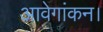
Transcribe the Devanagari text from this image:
आवेगांकन।